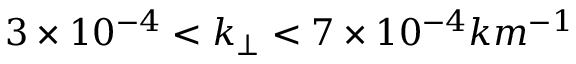
3 \times 1 0 ^ { - 4 } < k _ { \perp } < 7 \times 1 0 ^ { - 4 } k m ^ { - 1 }